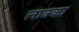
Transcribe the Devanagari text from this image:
लाक्का